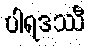
ပါရဒဿီ